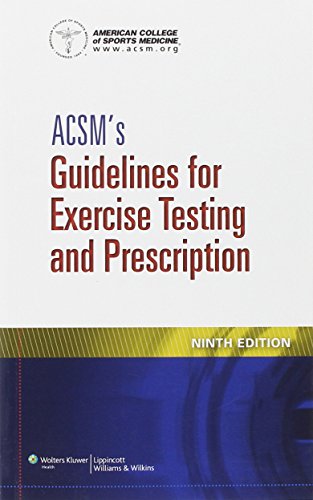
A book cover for ACSM's Guidelines for Exercise Testing and Prescription; American College of Sports Medicine; Medical Books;